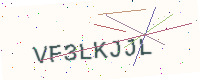
Text: VF3LKJJL